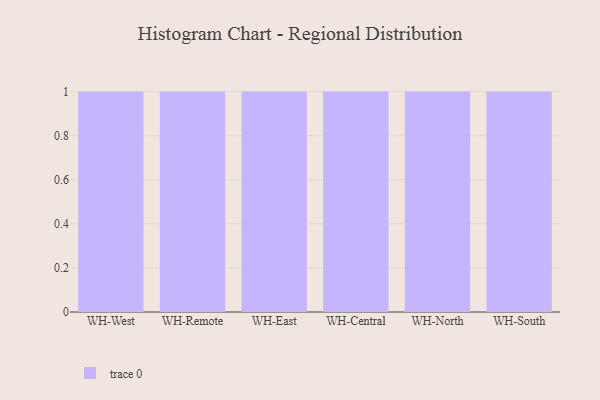
{"axis": {"x": "Warehouse", "y": "Website Visitors"}, "legend": [""], "data": [{"x": "WH-West", "y": 58, "type": ""}, {"x": "WH-Remote", "y": 76, "type": ""}, {"x": "WH-East", "y": 70, "type": ""}, {"x": "WH-Central", "y": 34, "type": ""}, {"x": "WH-North", "y": 79, "type": ""}, {"x": "WH-South", "y": 62, "type": ""}]}